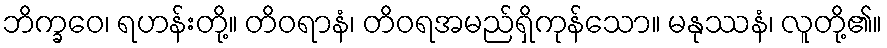
ဘိက္ခဝေ၊ ရဟန်းတို့။ တိဝရာနံ၊ တိဝရအမည်ရှိကုန်သော။ မနုဿနံ၊ လူတို့၏။